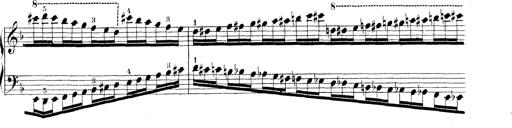
Title: Technische Studien
Composer: Franz Liszt